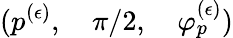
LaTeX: (p^{(\epsilon)},\quad\pi/2,\quad\varphi_{p}^{(\epsilon)})